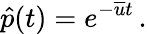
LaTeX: \hat{p}(t)=e^{-\overline{u}t}\, .